Reports on dispensaries and lunatic asylums in the Province of Oudh - 1869-1876
Year: 1869
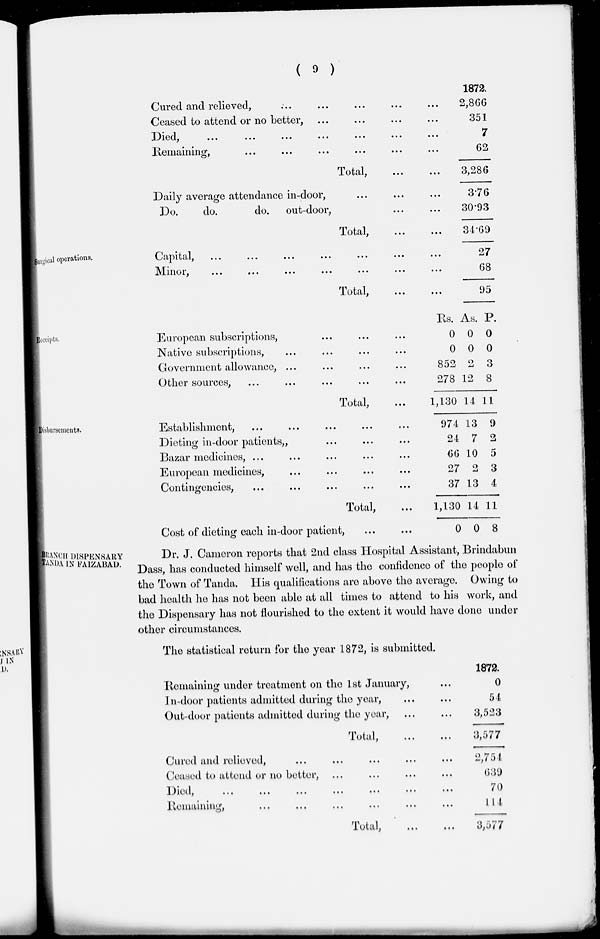
( 9 )
Surgical operations.
Cured and relieved, ... ... ... ... ...
Ceased to attend or no better, ... ... ... ...
Deid, ... ... ... ... ... ... ...
Remaining, ... ... ... ... ... ...
Total,
...
...
Daily average attendance in-door, ... ... ...
Do.
do.
do. out-door, ... ...
Total,
...
...
Capita,
...
...
...
...
...
...
...
Minor,
...
...
...
...
...
...
...
Total,
...
...
1872.
2,866
351
7
62
3,286
376
30.93
34.69
27
68
95
Receipts.
European subscriptions, ... ... ...
Native subscriptions, ... ... ... ...
Government allowance, ... ... ... ...
Other sources, ... ... ... ... ...
Total, ...
Rs.
0
0
852
278
1,130
As.
0
0
2
12
14
P.
0
0
3
8
11
Disbursements.
Establishment, ... ... ... ... ...
Dieting in-door patients, ... ... ...
Bazar medicines, ... ... ... ... ...
European medicines, ... ... ... ...
Contingencies, ... ... ... ... ...
Total, ...
Cost of dieting each in-door patient, ... ...
974
24
66
27
37
1,130
0
13
7
10
2
13
14
0
9
2
5
3
4
11
8
BRANCH DISPENSARY
TANDA IN FAIZABAD.
Dr. J. Cameron reports that 2nd class Hospital Assistant, Brindabun
Dass, has conducted himself well, and has the confidence of the people of
the Town of Tanda. His qualifications are above the average. Owing to
bad health he has not been able at all times to attend to his work, and
the Dispensary has not flourished to the extent it would have done under
other circumstances.
The statistical return for the year 1872, is submitted.
Remaining under treatment on the 1st January, ...
In-door patients admitted during the year, ... ...
Out-door patients admitted during the year, ... ...
Total, ... ...
Cured and relieved, ... ... ... ... ...
Ceased to attend or no better, ... ... ... ...
Died,
...
...
...
...
...
...
...
Remaining, ... ... ... ... ... ...
Total, ... ...
1872.
0
54
3,523
3,577
2,754
639
70
114
3,577